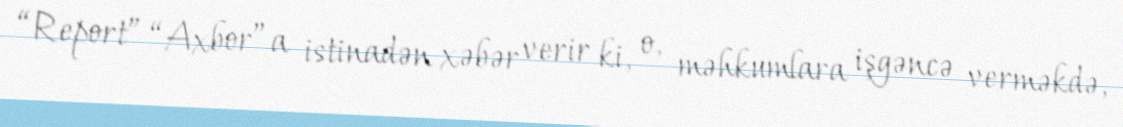
“Report” “Axbor”a istinadən xəbər verir ki, o, məhkumlara işgəncə verməkdə,